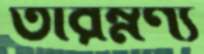
তারম্নণ্য